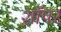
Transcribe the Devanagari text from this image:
शॉपर